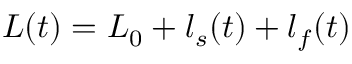
L ( t ) = L _ { 0 } + l _ { s } ( t ) + l _ { f } ( t )